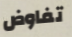
تفاوض